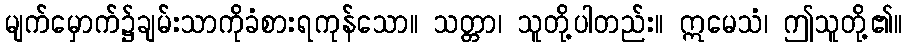
မျက်မှောက်၌ချမ်းသာကိုခံစားရကုန်သော။ သတ္တာ၊ သူတို့ပါတည်း။ ဣမေသံ၊ ဤသူတို့၏။